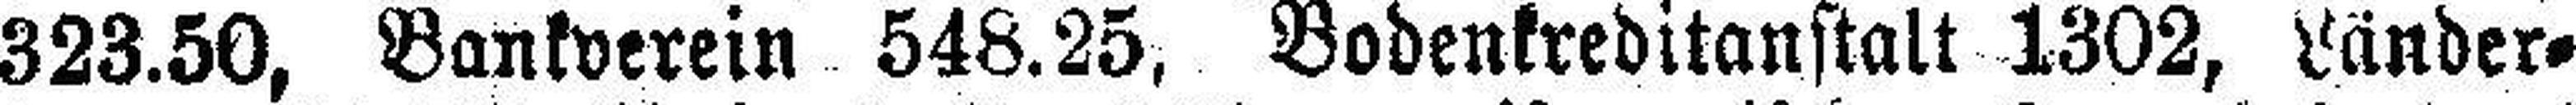
323.50, Bankverein 548.25, Bodenkreditanstalt 1302, Länder¬